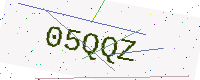
Text: 05QQZ